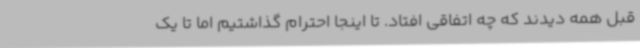
قبل همه دیدند که چه اتفاقی افتاد. تا اینجا احترام گذاشتیم اما تا یک